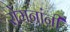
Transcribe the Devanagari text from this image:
रोमनांनीं